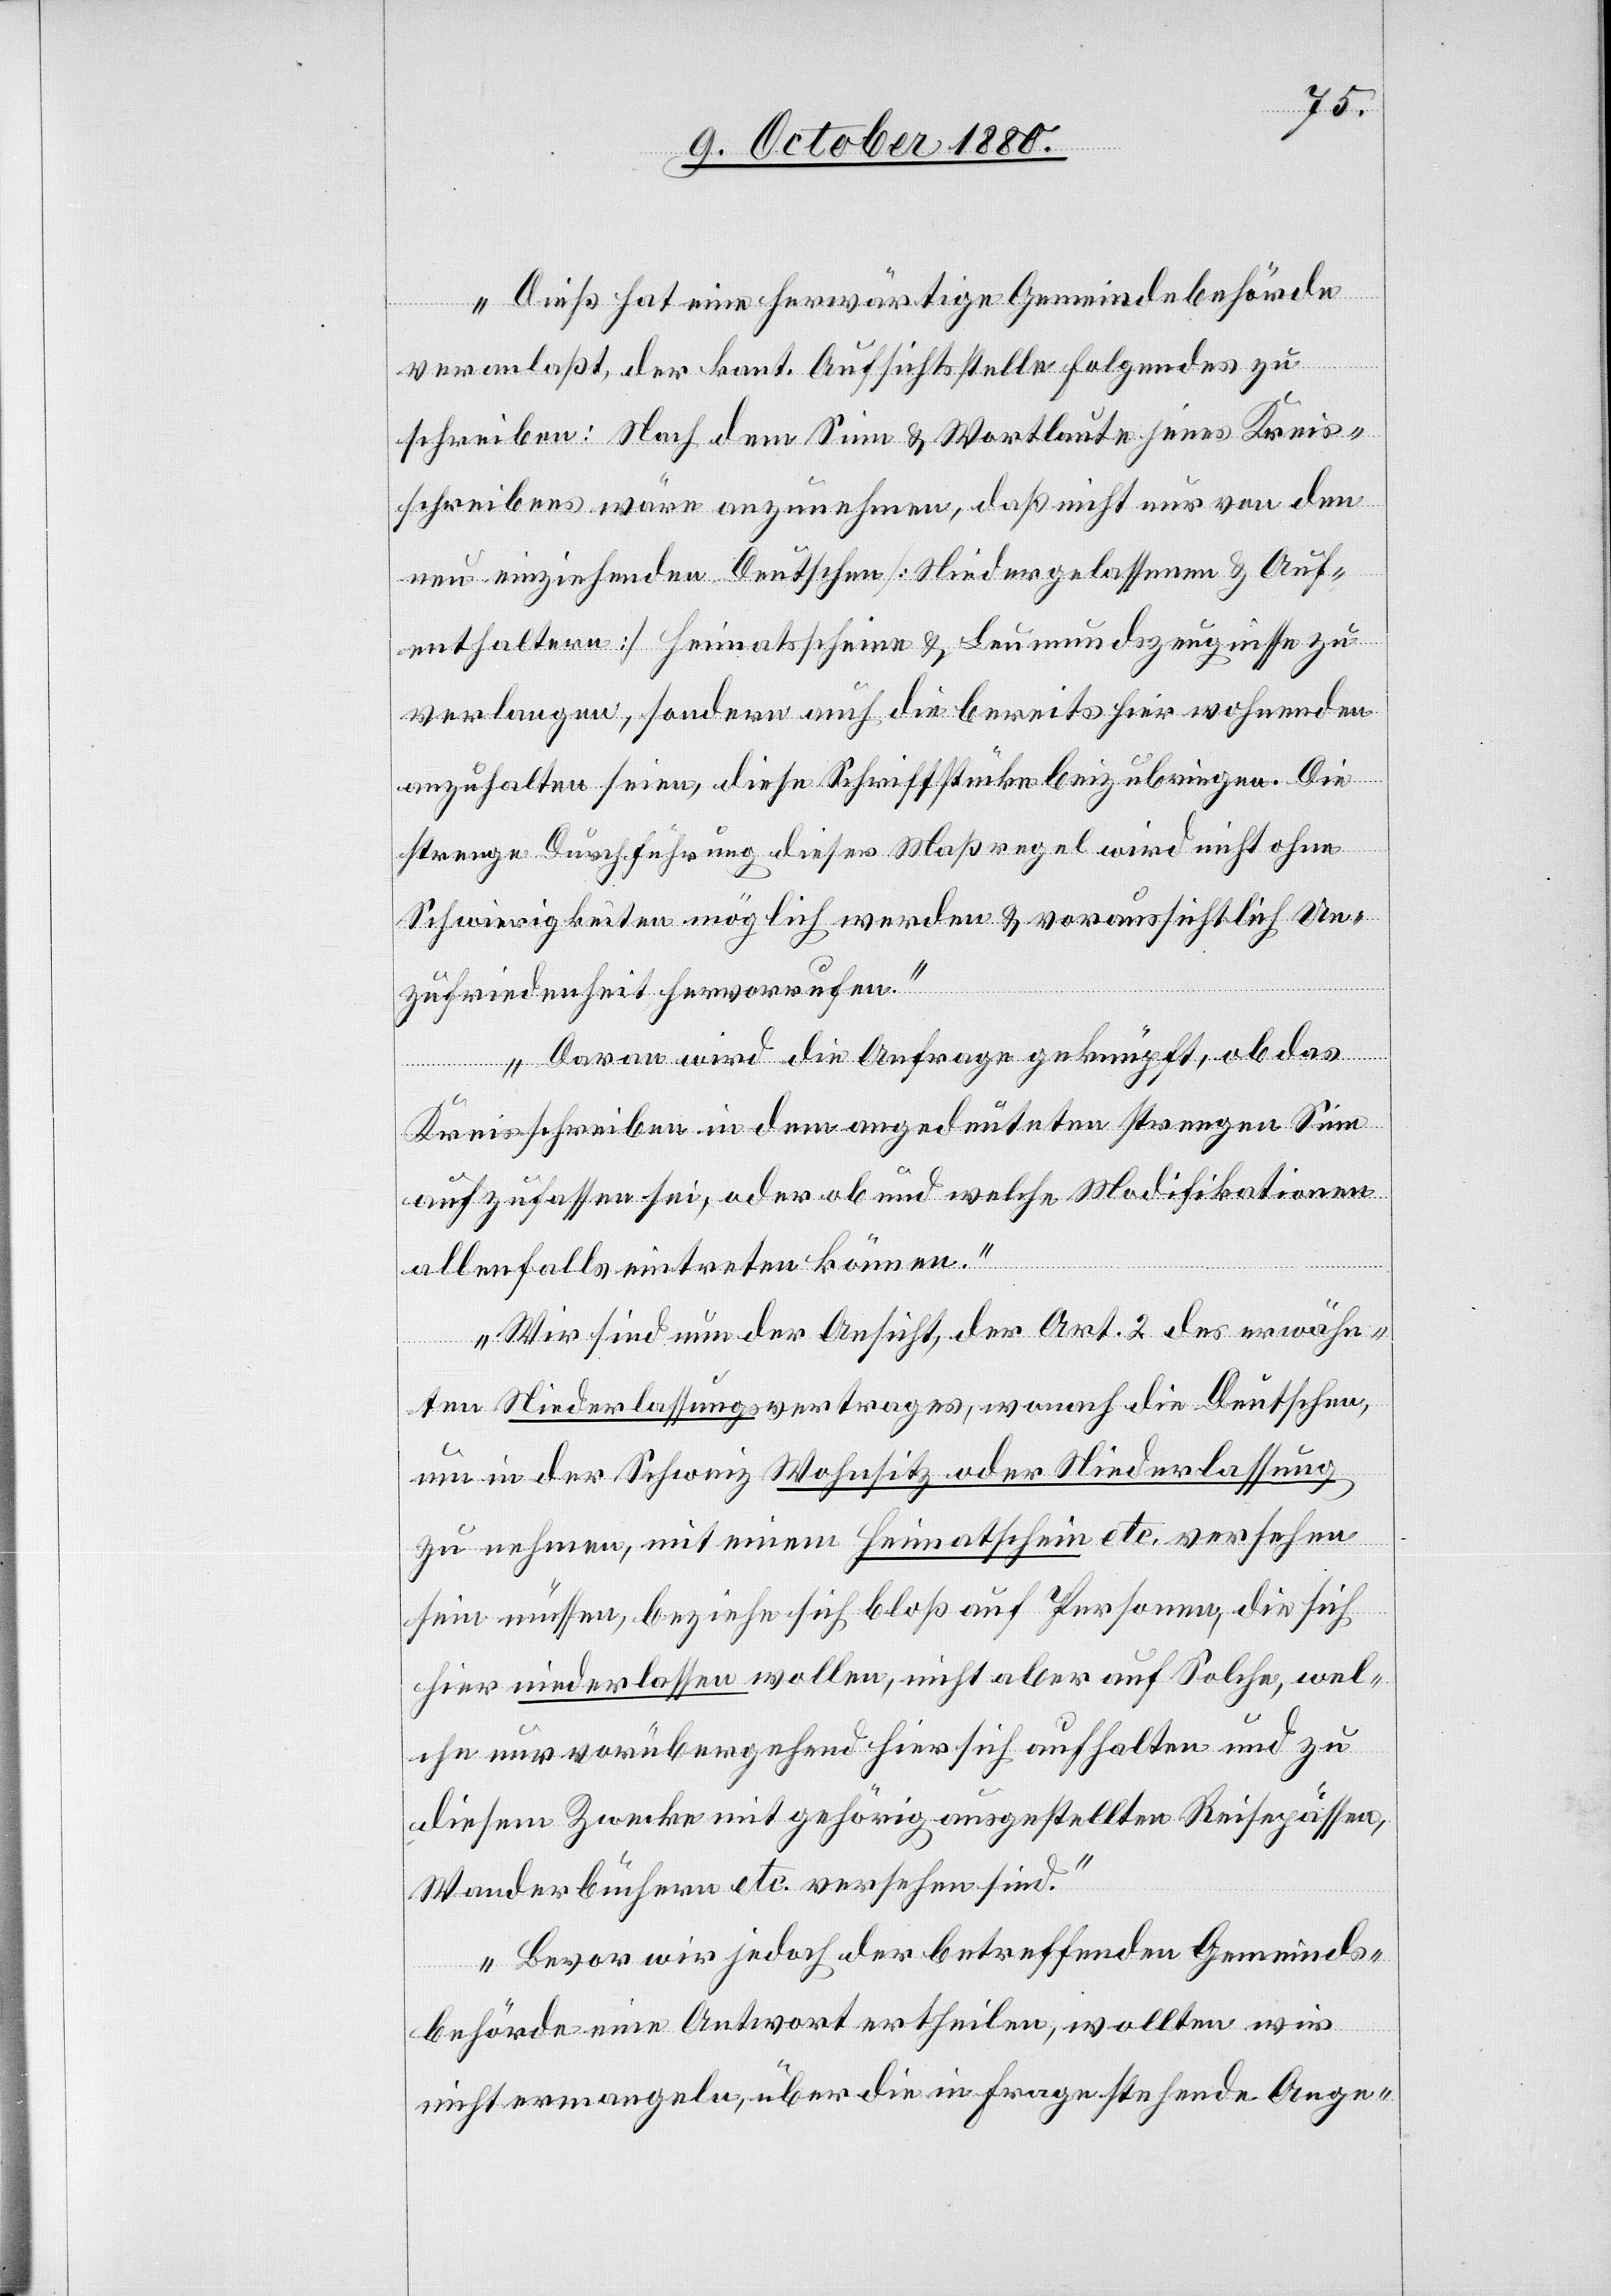
Dieß hat eine herwärtige Gemeindebehörde
veranlaßt, der kant. Aufsichtsstelle Folgendes zu
schreiben: Nach dem Sinne & Wortlaute jenes Kreis¬
schreibens wäre anzunehmen, daß nicht nur von den
neu einziehenden Deutschen [Niedergelassenen & Auf¬
enthaltern] Heimatscheine & Leumundszeugnisse zu
verlangen, sondern auch die bereits hier wohnenden
anzuhalten seien, diese Schriftstücke beizubringen. Die
strenge Durchführung dieser Maßregel wird nicht ohne
Schwierigkeiten möglich werden & voraussichtlich Un¬
zufriedenheit hervorrufen.
Daran wird die Anfrage geknüpft, ob das
Kreisschreiben in dem angedeuteten strengen Sinn
aufzufassen sei, oder ob und welche Modifikationen
allenfalls eintreten können.
Wir sind nun der Ansicht, der Art. 2 des erwähn¬
ten Niederlassungsvertrages, wonach die Deutschen,
um in der Schweiz Wohnsitz oder Niederlassung
zu nehmen, mit einem Heimatschein etc. versehen
sein müssen, beziehe sich bloß auf Personen, die sich
hier niederlassen wollen, nicht aber auf solche, wel¬
che nur vorübergehend hier sich aufhalten und zu
diesem Zwecke mit gehörig ausgestellten Reisepässen,
Wanderbüchern etc. versehen sind.
Bevor wir jedoch der betreffenden Gemeinde¬
behörde eine Antwort ertheilen, wollten wir
nicht ermangeln, über die in Frage stehende Ange-